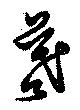
羲